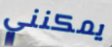
يمكنني